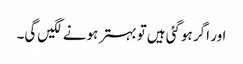
اور اگر ہوگئی ہیں‌تو بہتر ہونے لگیں‌گی۔